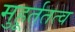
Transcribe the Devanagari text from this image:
मुहूर्ततत्व